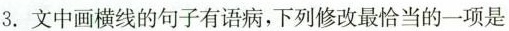
3. 文中画横线的句子有语病，下列修改最恰当的一项是